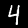
Digit: 4